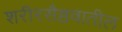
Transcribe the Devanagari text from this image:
शरीरसैष्ठवातील